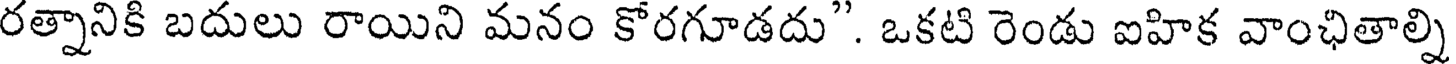
రత్నానికి బదులు రాయిని మనం కోరగూడదు". ఒకటి రెండు ఐహిక వాంఛితాల్ని